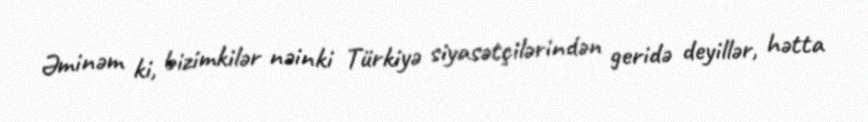
Əminəm ki, bizimkilər nəinki Türkiyə siyasətçilərindən geridə deyillər, hətta